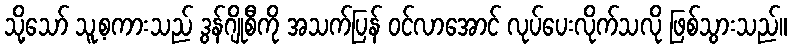
သို့သော် သူ့စကားသည် ဒွန်ဂျိုစီကို အသက်ပြန် ဝင်လာအောင် လုပ်ပေးလိုက်သလို ဖြစ်သွားသည်။